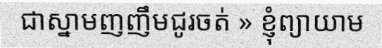
ជាស្នាមញញឹមជូរចត់ » ខ្ញុំព្យាយាម